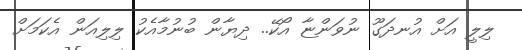
ލިލީ އަށް އުނދަގޫ ނުވަންޏާ އޯކޭ.. ދިޔާން ބުނުމާއެކު ލިލިއަން އެކަމަށް